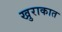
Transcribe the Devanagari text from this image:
खुराकात